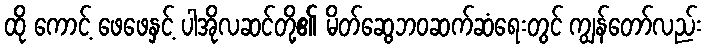
ထို ကောင့် ဖေဖေနှင့် ပါအိုလဆင်တို့၏ မိတ်ဆွေဘဝဆက်ဆံရေးတွင် ကျွန်တော်လည်း